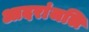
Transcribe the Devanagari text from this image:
आदरांजलि